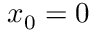
x _ { 0 } = 0